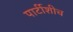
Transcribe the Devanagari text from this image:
पार्टीशीच